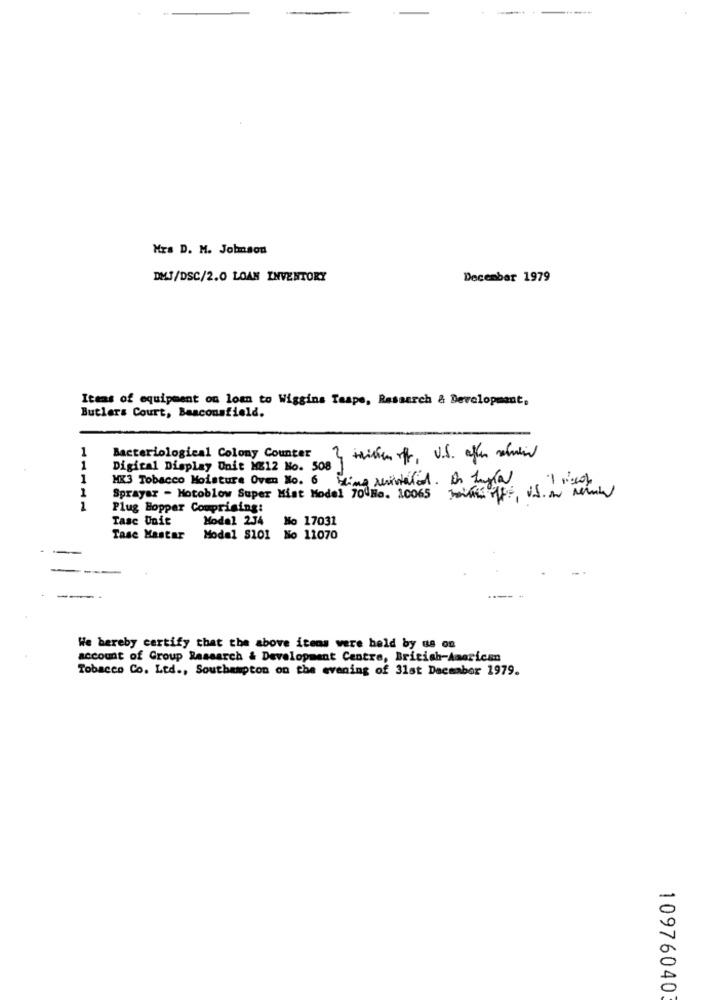
Mrs D. M. Johnson
DMJ/DSC/2.0 LOAN INVENTORY
December 1979
Items of equipment on loan to Wiggins Taape, Research & Development.
Butlers Court, Beaconsfield.
1
Bacteriological Colony Counter
3 teilen off, U.S. after svein
1
Digital Display Unit KE12 No. 508
1
MX3 Tobacco Moisture Oven No. 6 Ling Meristation. On Lugla
1
Sprayar - Motoblow Super Mist Model 70 Ho. 10065 Totais off, VSan Merk
1
Plug Hopper Comprising:
Tasc Unit
Modal 234 No 17031
Tase Mastar
Modal 8101 No 11070
We bereby certify that the above itens were held by us on
account of Group Research & Development Centre, British-American
Tobacco Co. Ltd ., Southampton on the evening of 31st December 1979.
10976040